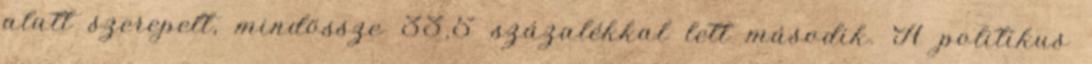
alatt szerepelt, mindössze 33,5 százalékkal lett második. A politikus